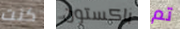
كنت باكستون تم